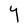
Character: Y